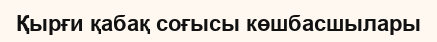
Қырғи қабақ соғысы көшбасшылары